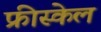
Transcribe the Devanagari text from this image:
फ्रीस्केल